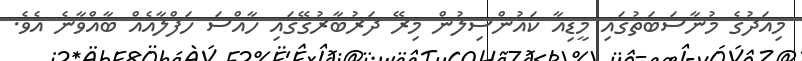
މިއަދުގެ މުނާސަބަތުގައި މީޑިއާ ކައުންސިލުން މިރޭ ދަރުބާރުގޭގައި ހާއްސަ ހަފްލާއެއް ބާއްވާނެ އެވެ.